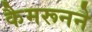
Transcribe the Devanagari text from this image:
कैमरूनने